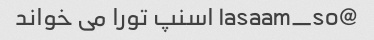
@lasaam_so اسنپ تورا می خواند